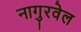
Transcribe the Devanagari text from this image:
नागुरवेल